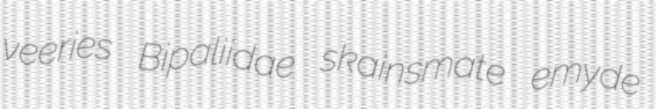
veeries Bipaliidae skainsmate emyde